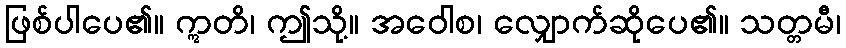
ဖြစ်ပါပေ၏။ ဣတိ၊ ဤသို့။ အဝေါစ၊ လျှောက်ဆိုပေ၏။ သတ္တမီ၊